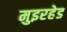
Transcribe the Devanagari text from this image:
मुइरहेड